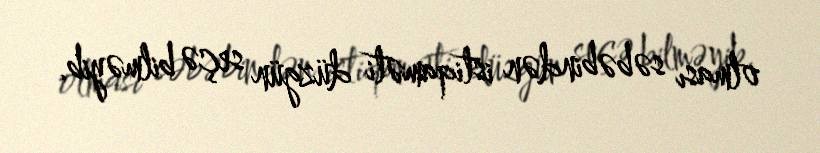
olması səbəbindən istiqaməti düzgün seçə bilməyib.